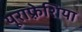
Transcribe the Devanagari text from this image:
यूराफ़्रेशिया